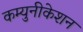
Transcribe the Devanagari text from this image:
कम्युनीकेशन